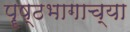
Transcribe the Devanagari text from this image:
पॄष्ठभागाच्या